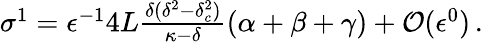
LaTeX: \begin{array}{r}{\sigma^{1}=\epsilon^{-1}4L\frac{\delta(\delta^{2}-\delta_{c}^{2})}{\kappa-\delta}(\alpha+\beta+\gamma)+\mathcal{O}(\epsilon^{0})\, .}\end{array}